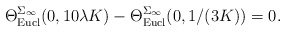
\begin{align*}\Theta_{{\mathrm{Eucl}}}^{\Sigma_\infty}(0,10\lambda K)-\Theta_{{\mathrm{Eucl}}}^{\Sigma_\infty}(0,1/(3K))=0.\end{align*}